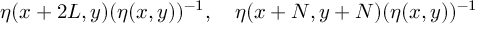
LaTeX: \eta ( x + 2 L , y ) ( \eta ( x , y ) ) ^ { - 1 } , \quad \eta ( x + N , y + N ) ( \eta ( x , y ) ) ^ { - 1 }